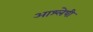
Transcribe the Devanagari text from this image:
आश्लेषी